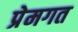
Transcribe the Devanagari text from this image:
प्रेमगत